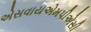
એસવાયએમપીએસી